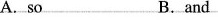
7. A. So B. and